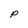
Character: p